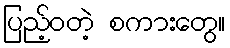
ပြည့်ဝတဲ့ စကားတွေ။